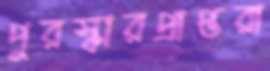
পুরস্কারপ্রাপ্তরা